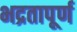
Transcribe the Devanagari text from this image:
भद्रतापूर्ण